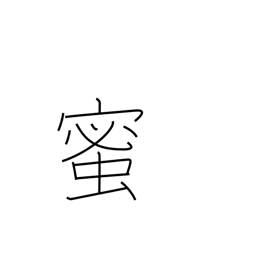
Meaning: honey